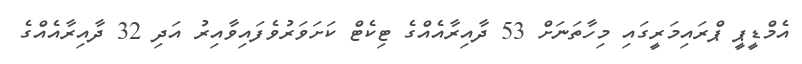
އެމްޑީޕީ ޕްރައިމަރީގައި މިހާތަނަށް 53 ދާއިރާއެއްގެ ޓިކެޓް ކަށަވަރުވެފައިވާއިރު އަދި 32 ދާއިރާއެއްގެ